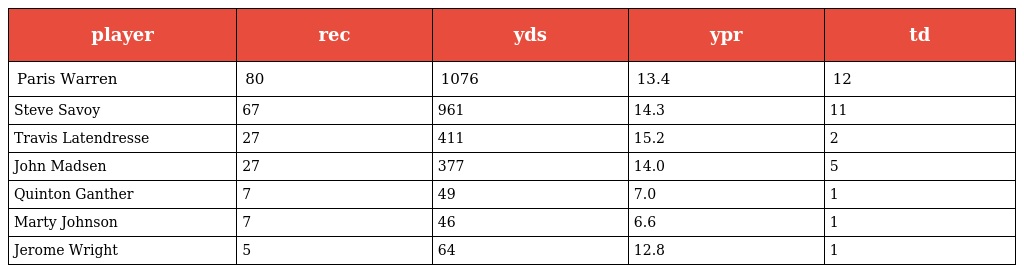
| player | rec | yds | ypr | td |
 | --- | --- | --- | --- | --- |
 | Paris Warren | 80 | 1076 | 13.4 | 12 |
 | Steve Savoy | 67 | 961 | 14.3 | 11 |
 | Travis Latendresse | 27 | 411 | 15.2 | 2 |
 | John Madsen | 27 | 377 | 14.0 | 5 |
 | Quinton Ganther | 7 | 49 | 7.0 | 1 |
 | Marty Johnson | 7 | 46 | 6.6 | 1 |
 | Jerome Wright | 5 | 64 | 12.8 | 1 |